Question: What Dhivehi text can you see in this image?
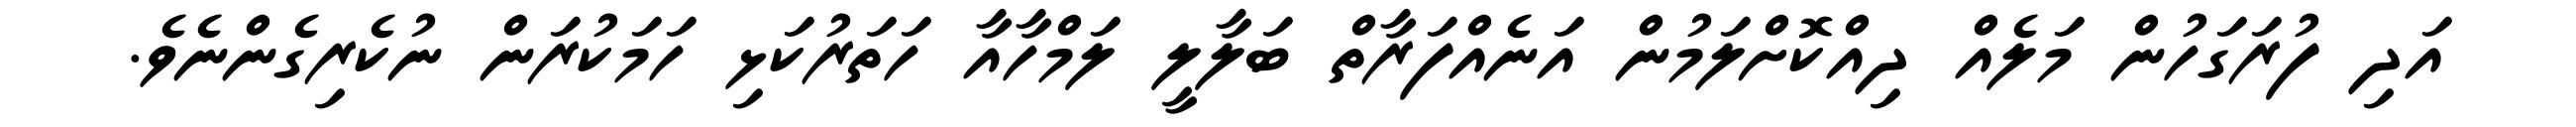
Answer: އަދި ފުރަގަހުން މަލެއް ދިއްކޮށްލަމުން އަނެއްފަރާތް ބަލާލީ ލަމްހާއާ ހަތަރުކަޅި ހަމަކުރަން ނުކެރިގެންނެވެ.